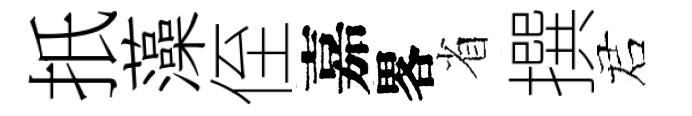
扺藻侄嘉畧省撰诺